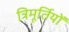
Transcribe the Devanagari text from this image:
त्रिमूर्तियों